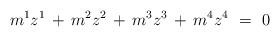
LaTeX: \begin{align*}m^{1} z^{1} \, + \, m^{2} z^{2} \, + \, m^{3} z^{3} \, + \, m^{4} z^{4} \,\, = \,\, 0 \end{align*}